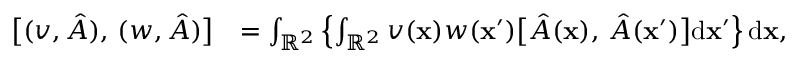
\begin{array} { r l } { \bigl [ ( v , \hat { A } ) , \, ( w , \hat { A } ) \bigr ] } & { = \int _ { \mathbb { R } ^ { 2 } } \left\{ \int _ { \mathbb { R } ^ { 2 } } v ( \mathbf { x } ) w ( \mathbf { x } ^ { \prime } ) \bigl [ \hat { A } ( \mathbf { x } ) , \, \hat { A } ( \mathbf { x } ^ { \prime } ) \bigr ] \mathrm { d } \mathbf { x } ^ { \prime } \right\} \mathrm { d } \mathbf { x } , } \end{array}